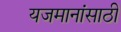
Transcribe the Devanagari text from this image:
यजमानांसाठी